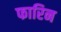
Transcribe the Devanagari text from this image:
फारिन